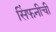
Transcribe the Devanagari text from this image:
सिंफनीची